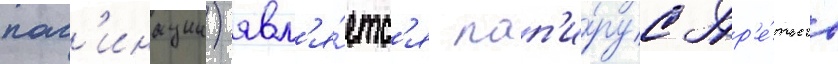
паг'инации) явл'я́етс'я пап'и́рус тр'е́тьего